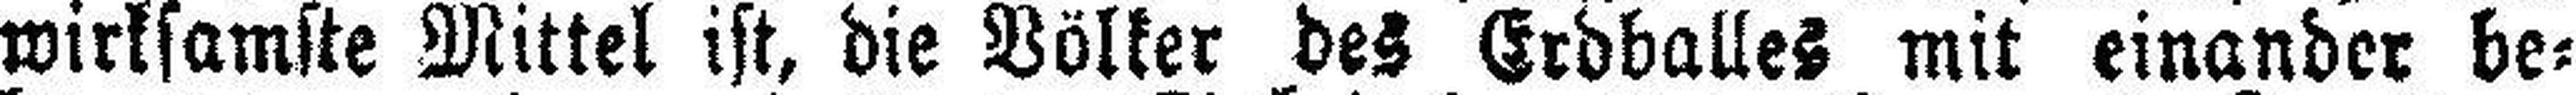
wirksamste Mittel ist, die Völker des Erdballes mit einander be¬